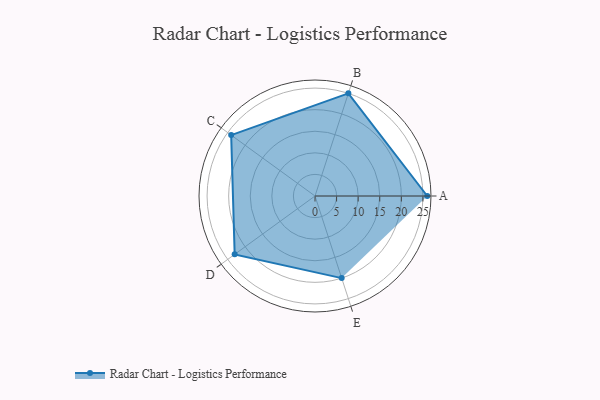
{"axis": {"x": "Skill", "y": "Score"}, "legend": ["Profile"], "data": [{"x": "A", "y": 26.0, "type": "Profile"}, {"x": "B", "y": 25.0, "type": "Profile"}, {"x": "C", "y": 24.0, "type": "Profile"}, {"x": "D", "y": 23.0, "type": "Profile"}, {"x": "E", "y": 20, "type": "Profile"}]}